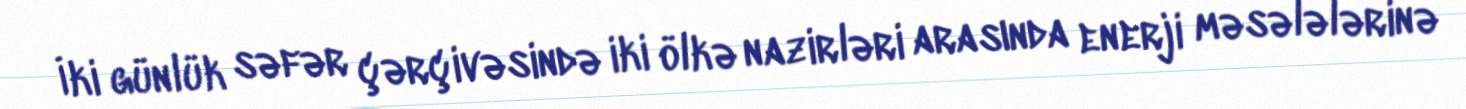
İki günlük səfər çərçivəsində iki ölkə nazirləri arasında enerji məsələlərinə